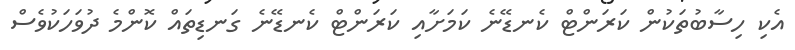
އެކި ހިސާބުތަކުން ކަރަންޓް ކެނޑޭނެ ކަމަށާއި ކަރަންޓް ކެނޑޭނެ ގަނޑިތައް ކޮންމެ ދުވަހަކުވެސް